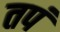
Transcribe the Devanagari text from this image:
तपं